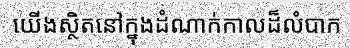
យើងស្ថិតនៅក្នុងដំណាក់កាលដ៏លំបាក